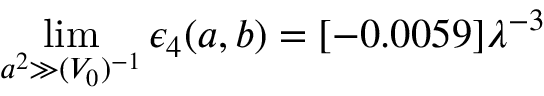
\operatorname * { l i m } _ { a ^ { 2 } \gg ( V _ { 0 } ) ^ { - 1 } } \epsilon _ { 4 } ( a , b ) = [ - 0 . 0 0 5 9 ] \lambda ^ { - 3 }